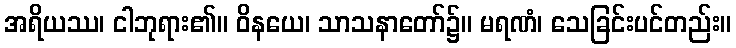
အရိယဿ၊ ငါဘုရား၏။ ဝိနယေ၊ သာသနာတော်၌။ မရဏံ၊ သေခြင်းပင်တည်း။